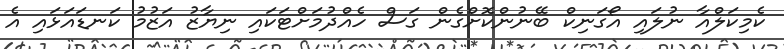
ކެމިކަލްއާ ނުލައި އޯގަނިކް ބޭނުންކޮށްގެން ގަސް ހެއްދުމަށްޓަކައި ނިޔާޒު އަޒުމު ކަނޑައަޅައި އެ